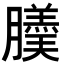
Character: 𦢋